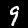
Digit: 9